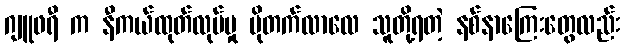
ဂျူဖရီ က နီကယ်ထုတ်လုပ်မှု ပိုတက်လာလေ သူတို့ရတဲ့ နစ်နာကြေးတွေလည်း